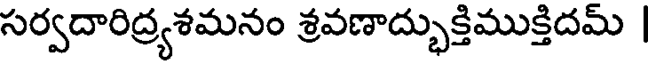
సర్వదారిద్యశమనం శ్రవణాద్భుక్తిముక్తిదమ్